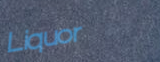
Liquor